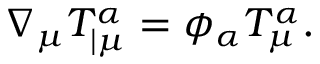
\nabla _ { \mu } T _ { | \mu } ^ { \alpha } = \phi _ { \alpha } T _ { \mu } ^ { \alpha } .